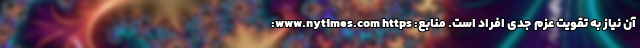
آن نیاز به تقویت عزم جدی افراد است. منابع: www.nytimes.com https: